system: You are a helpful assistant.
user:
Analyze the provided spectrum to determine if it is a **M-type Giant (gM)**.

A M-type Giant spectrum is defined by its **strong molecular absorption** features, particularly from **Titanium Oxide (TiO)**. You must check for one of the following mutually exclusive signatures:

- **Key Visual Indicators (Absorption-Dominated Spectrum):**

    - **(Primary):** The spectrum is dominated by strong molecular absorption from **Titanium Oxide (TiO)**. This is the **defining feature** of its M-type temperature class.
        - **(Key Bandheads):** Look for sharp, "saw-tooth" absorption valleys. The strongest are located near **~7050 Å**, **~6160 Å**, and **~5170 Å**.
        - **(Line Profile):** The "saw-tooth" morphology is critical: a **sharp, steep drop on the BLUE (short-wavelength) side** of the bandhead, followed by a gradual recovery (rising flux) towards the RED (long-wavelength) side.

    - **(Key Confirmation - Giant vs. Dwarf):** **ABSENCE** of strong **Calcium Hydride (CaH)** molecular bands. This is the primary diagnostic for *excluding* M-dwarfs.
        - **(Key Region):** The spectrum should lack the strong, broad absorption band seen in dwarfs between **~6800 Å and ~7000 Å**.

    - **(Secondary Confirmation - Giant):** A very strong and broad **Neutral Calcium (Ca I)** atomic absorption line.
        - **(Key Line):** Located at **~4226 Å**. In a giant (gM), this line is significantly deeper and broader than the same line in an M-dwarf (dM) due to low surface gravity.

    - **(Overall Spectrum):**
        - The continuum is **extremely red-sloping** (i.e., flux is very low in the blue and rises dramatically towards the red).
        - The entire spectrum appears "chopped up" by the deep TiO bands.

Think first, call **spectral_visualization_tool** if needed to examine features in detail, then provide your final answer. Your response must adhere to the following strict rules:
1.  **Overall Structure:** Your response must follow the format `<think>...</think> <tool_call>...</tool_call> (if a tool is used) <answer>...</answer>`.
2.  **Tool Usage Constraint:** You may only make **one** tool call per turn.
3.  **Final Answer Format:** In the `<answer>` tag, your conclusion must be inside a `\boxed{}` command (e.g., `\boxed{YES}` or `\boxed{NO}`), followed by your justification.

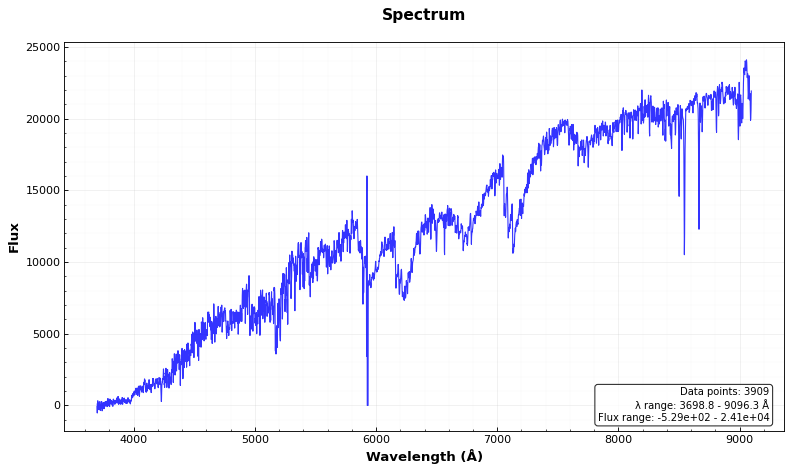
Answer: YES